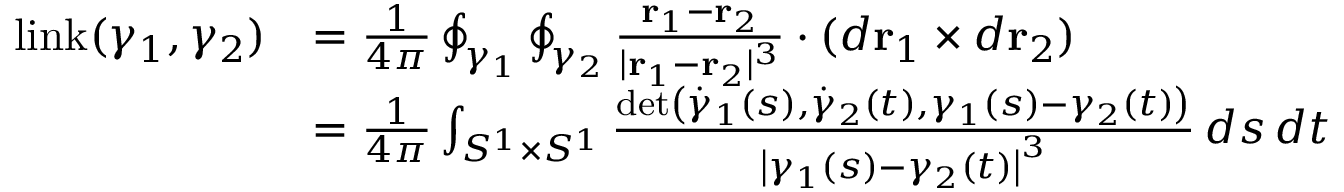
{ \begin{array} { r l } { \operatorname { l i n k } ( \gamma _ { 1 } , \gamma _ { 2 } ) } & { = { \frac { 1 } { 4 \pi } } \oint _ { \gamma _ { 1 } } \oint _ { \gamma _ { 2 } } { \frac { \mathbf { r } _ { 1 } - \mathbf { r } _ { 2 } } { | \mathbf { r } _ { 1 } - \mathbf { r } _ { 2 } | ^ { 3 } } } \cdot ( d \mathbf { r } _ { 1 } \times d \mathbf { r } _ { 2 } ) } \\ & { = { \frac { 1 } { 4 \pi } } \int _ { S ^ { 1 } \times S ^ { 1 } } { \frac { \operatorname* { d e t } \left( { \dot { \gamma } } _ { 1 } ( s ) , { \dot { \gamma } } _ { 2 } ( t ) , \gamma _ { 1 } ( s ) - \gamma _ { 2 } ( t ) \right) } { \left| \gamma _ { 1 } ( s ) - \gamma _ { 2 } ( t ) \right| ^ { 3 } } } \, d s \, d t } \end{array} }